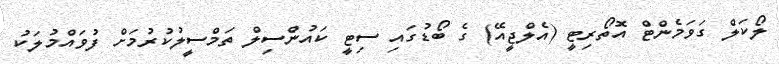
ލޯކަލް ގަވަމެންޓް އޮތޯރިޓީ (އެލްޖީއޭ) ގެ ބޯޑުގައި ސިޓީ ކައުންސިލް ތަމްސީލުކުރުމަށް ފުވައްމުލަކު